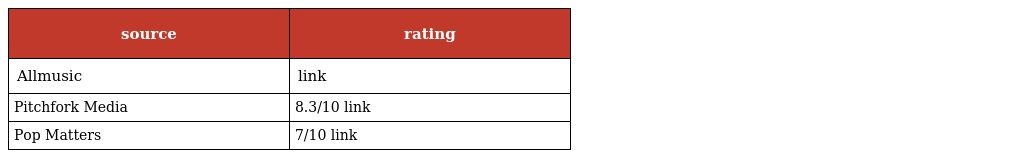
| source | rating |
 | --- | --- |
 | Allmusic | link |
 | Pitchfork Media | 8.3/10 link |
 | Pop Matters | 7/10 link |